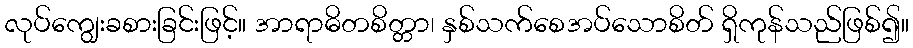
လုပ်ကျွေးခစားခြင်းဖြင့်။ အာရာဓိတစိတ္တာ၊ နှစ်သက်စေအပ်သောစိတ် ရှိကုန်သည်ဖြစ်၍။